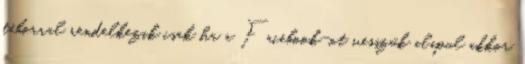
táborral rendelkezik csak ha a Facebook-ot vesszük alapul akkor